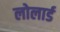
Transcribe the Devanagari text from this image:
लोलार्ड